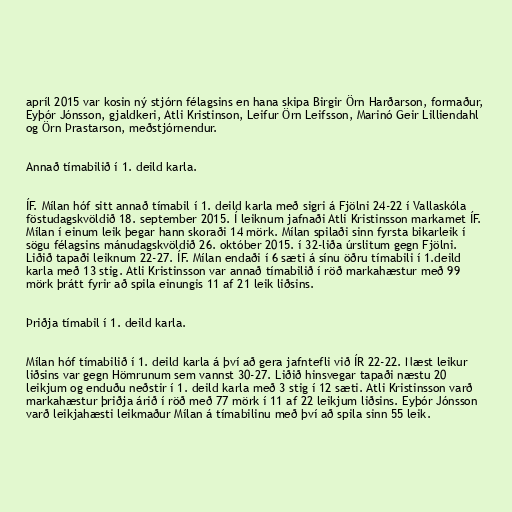
apríl 2015 var kosin ný stjórn félagsins en hana skipa Birgir Örn Harðarson, formaður,
Eyþór Jónsson, gjaldkeri, Atli Kristinson, Leifur Örn Leifsson, Marinó Geir Lilliendahl
og Örn Þrastarson, meðstjórnendur.

Annað tímabilið í 1. deild karla.

ÍF. Mílan hóf sitt annað tímabil í 1. deild karla með sigri á Fjölni 24-22 í Vallaskóla
föstudagskvöldið 18. september 2015. Í leiknum jafnaði Atli Kristinsson markamet ÍF.
Mílan í einum leik þegar hann skoraði 14 mörk. Mílan spilaði sinn fyrsta bikarleik í
sögu félagsins mánudagskvöldið 26. október 2015. í 32-liða úrslitum gegn Fjölni.
Liðið tapaði leiknum 22-27. ÍF. Mílan endaði í 6 sæti á sínu öðru tímabili í 1.deild
karla með 13 stig. Atli Kristinsson var annað tímabilið í röð markahæstur með 99
mörk þrátt fyrir að spila einungis 11 af 21 leik liðsins.

Þriðja tímabil í 1. deild karla.

Mílan hóf tímabilið í 1. deild karla á því að gera jafntefli við ÍR 22-22. Næst leikur
liðsins var gegn Hömrunum sem vannst 30-27. Liðið hinsvegar tapaði næstu 20
leikjum og enduðu neðstir í 1. deild karla með 3 stig í 12 sæti. Atli Kristinsson varð
markahæstur þriðja árið í röð með 77 mörk í 11 af 22 leikjum liðsins. Eyþór Jónsson
varð leikjahæsti leikmaður Mílan á tímabilinu með því að spila sinn 55 leik.